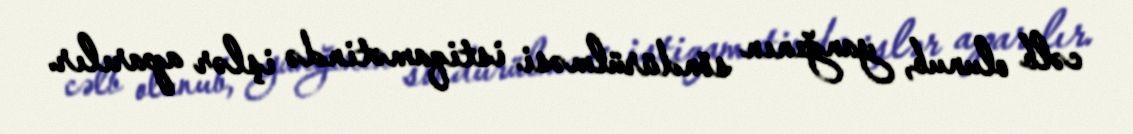
cəlb olunub, yanğının söndürülməsi istiqamətində işlər aparılır.